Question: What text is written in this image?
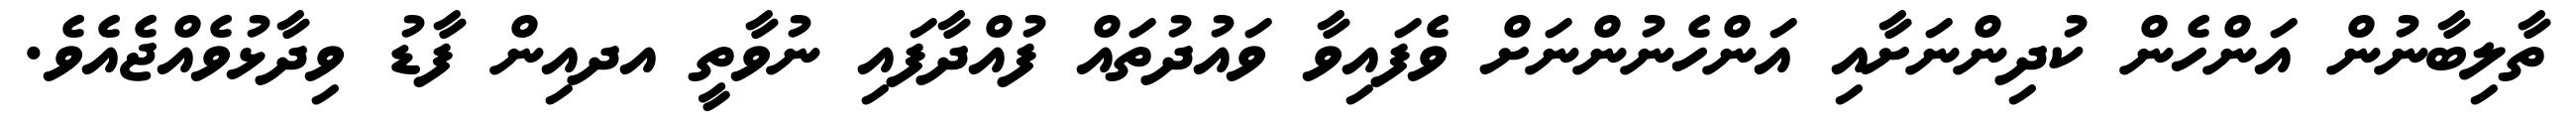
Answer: ތާލިބާނުން އަންހެން ކުދިންނަށާއި އަންހެނުންނަށް ވެފައިވާ ވައުދުތައް ފުއްދާފައި ނުވާތީ އދއިން ފާޑު ވިދާޅުވެއްޖެއެވެ.